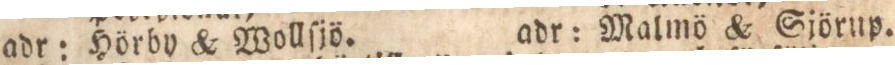
adr: Hörby & Wollſjö.    adr: Malmö & Sjörup.